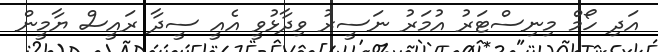
އަދި ހޯމް މިނިސްޓަރު އުމަރު ނަސީރު ވިދާޅުވީ އެއީ ސީދާ ރައީސް ޔާމީން